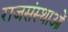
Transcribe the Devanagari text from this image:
राजसंस्थाओं